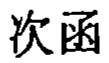
次函